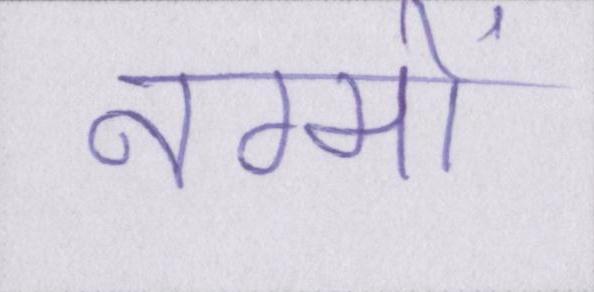
नग्मों